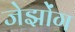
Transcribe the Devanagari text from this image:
जेझोंग